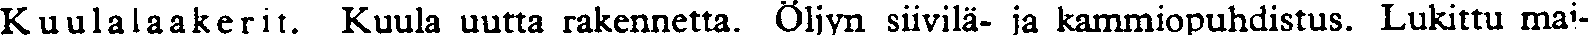
Kuulalaakerit. Kuula uutta rakennetta. Öljyn siivilä- ja kammiopuhdistus. Lukittu mai-